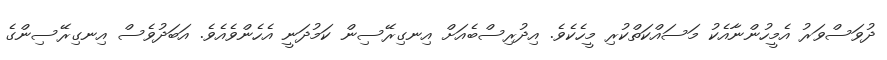
ދުވަސްވަރު އެމީހުންނާއެކު މަސައްކަތްކުރި މީހެކެވެ. އިދުރިސްބެއަށް އިނގިރޭސިން ކަމުދަނީ އެހެންވެއެވެ. އަބަދުވެސް އިނގިރޭސިންގެ